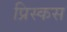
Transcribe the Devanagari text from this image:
प्रिस्कस